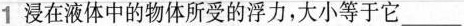
1浸在液体中的物体所受的浮力，大小等于它___